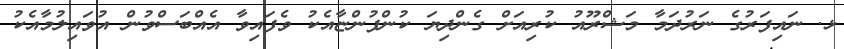
ޅ. ނައިފަރުގެ ނަރުދަމާ މަޝްރޫއު ކުރިއަށް ގެންދިޔަ ކުންފުންޏާއެކު ވެފައިވާ އެއްބަސްވުން އުވައިލުމާއެކު